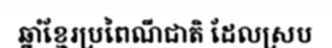
ឆ្នាំខ្មែរប្រពៃណីជាតិ ដែលស្រប